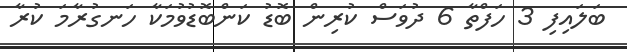
ބަލައިފި 3 ހަފްތާ 6 ދުވަސް ކުރިން ބޮޑު ކަންބޮޑުވުމަކާ ހަނގުރާމަ ކުރާ